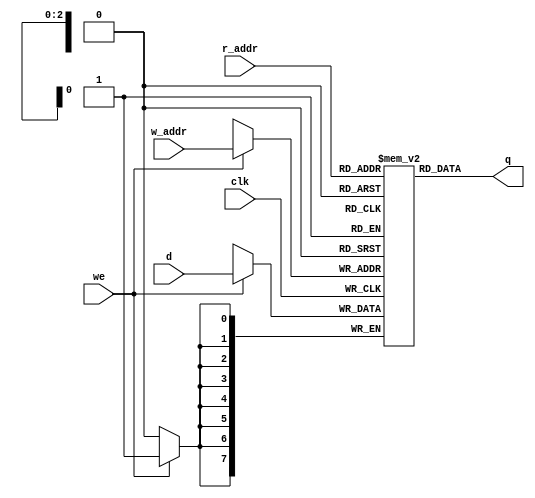
`timescale 1ns / 1ps
//////////////////////////////////////////////////////////////////////////////////
// Company: 
// Engineer: 
// 
// Design Name: 
// Module Name: dual_port_ram
// Project Name: 
// Target Devices: 
// Tool Versions: 
// Description: 
// 
// Dependencies: 
// 
// Revision:
// Revision 0.01 - File Created
// Additional Comments:
// 
//////////////////////////////////////////////////////////////////////////////////


//module dual_port_ram
//#(
//    parameter DATA_WIDTH = 8, 
//              ADDR_WIDTH = 3
//    )
//    (
//    input                       clk, 
//    input                       we, 
//    input   [ADDR_WIDTH - 1: 0] w_addr, r_addr,
//    input   [DATA_WIDTH - 1: 0] d, 
//    output  [DATA_WIDTH -1 :0]  q
//    );
    
//    //signal declaration 
//    reg     [DATA_WIDTH - 1: 0] ram [2**ADDR_WIDTH - 1: 0]; 
//    reg     [ADDR_WIDTH - 1: 0] addr_reg; 
    
//    //write operaion      
//     always @(posedge clk)
//     begin 
//        if(we)
//            ram[w_addr] <= d; 
//        addr_reg <= r_addr; 
//    end
     
//    //read operation
//    assign q = ram[addr_reg]; 
//endmodule

//////////////////////////////////////////////////////////////////////////////////

module dual_port_ram
#(
  parameter DATA_WIDTH = 8, // Memory data word width
  parameter ADDR_WIDTH = 3  // Number of mem address bits
)
(
  input   we, clk,
  input   [ADDR_WIDTH-1:0] w_addr, r_addr,
  input   [DATA_WIDTH-1:0] d,
  output  [DATA_WIDTH-1:0] q
);

  // RTL Verilog memory model

  reg [DATA_WIDTH-1:0] mem [0:2**ADDR_WIDTH-1];

  assign q = mem[r_addr];

  always @(posedge clk)
    if (we)
      mem[w_addr] <= d;

endmodule